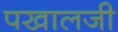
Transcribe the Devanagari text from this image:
पखालजी